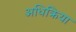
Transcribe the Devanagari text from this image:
अधिक्रिया